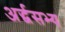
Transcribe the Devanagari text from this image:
अर्द्धसभ्य